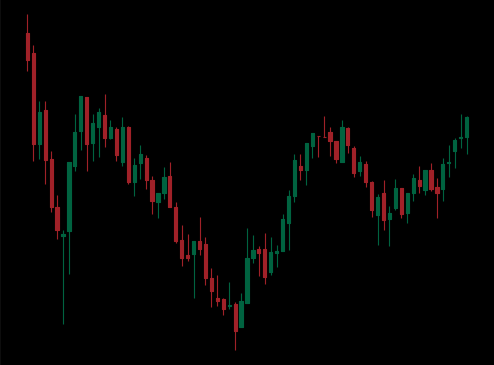
Pattern: inverse_head_shoulders